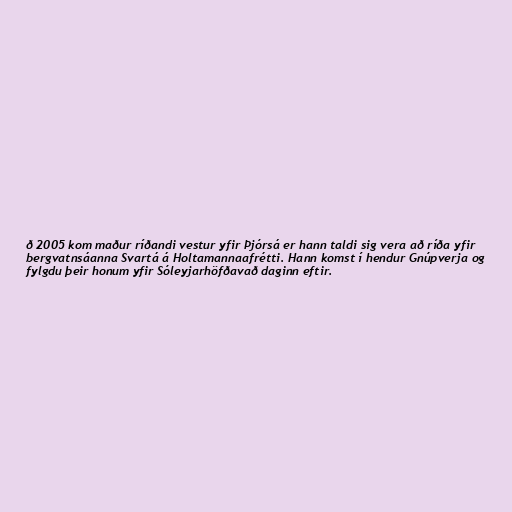
ð 2005 kom maður ríðandi vestur yfir Þjórsá er hann taldi sig vera að ríða yfir
bergvatnsáanna Svartá á Holtamannaafrétti. Hann komst í hendur Gnúpverja og
fylgdu þeir honum yfir Sóleyjarhöfðavað daginn eftir.